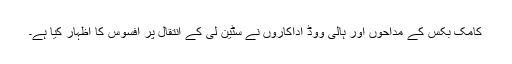
کامک بکُس کے مداحوں اور ہالی ووڈ اداکاروں نے سٹین لی کے انتقال پر افسوس کا اظہار کیا ہے۔